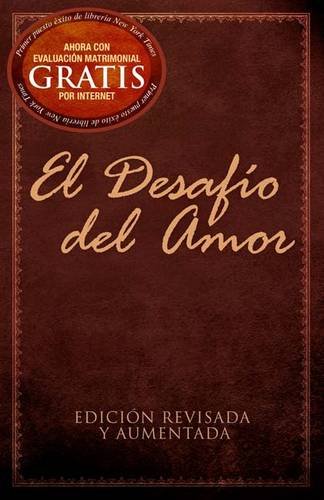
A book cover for El DesafÃ­o del Amor (Spanish Edition); Stephen Kendrick; Christian Books & Bibles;